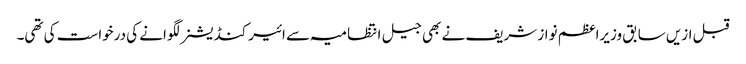
قبل ازیں سابق وزیراعظم نواز شریف نے بھی جیل انتظامیہ سے ائیرکنڈیشنر لگوانے کی درخواست کی تھی۔